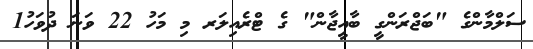
ސަލްމާންގެ "ބަޖްރަންގީ ބާއީޖާން" ގެ ޓްރެއިލަރ މި މަހު 22 ވަނަ ދުވަހު1